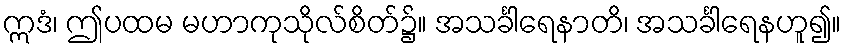
ဣဒံ၊ ဤပထမ မဟာကုသိုလ်စိတ်၌။ အသင်္ခါရေနာတိ၊ အသင်္ခါရေနဟူ၍။